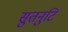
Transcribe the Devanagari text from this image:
सुतनुटि